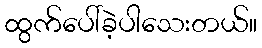
ထွက်ပေါ်ခဲ့ပါသေးတယ်။